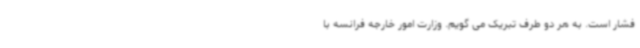
فشار است. به هر دو طرف تبریک می گویم. وزارت امور خارجه فرانسه با